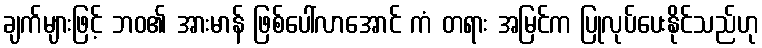
ချက်များဖြင့် ဘဝ၏ အားမာန် ဖြစ်ပေါ်လာအောင် ကံ တရား အမြင်က ပြုလုပ်ပေးနိုင်သည်ဟု